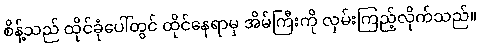
စိန့်သည် ထိုင်ခုံပေါ်တွင် ထိုင်နေရာမှ အိမ်ကြီးကို လှမ်းကြည့်လိုက်သည်။